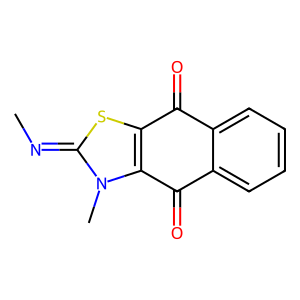
SMILES: CN=c1sc2c(n1C)C(=O)c1ccccc1C2=O
Inhibits HIV replication: No